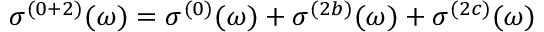
\sigma ^ { ( 0 + 2 ) } ( \omega ) = \sigma ^ { ( 0 ) } ( \omega ) + \sigma ^ { ( 2 b ) } ( \omega ) + \sigma ^ { ( 2 c ) } ( \omega )